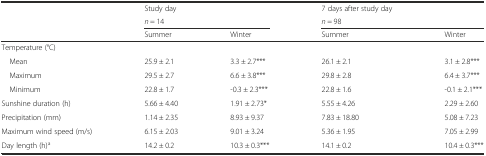
<table><thead><tr><td rowspan="3"></td><td><b>Study day</b></td><td></td><td><b>7 days after study day</b></td><td></td></tr><tr><td colspan="2"><b><i>n</i> = 14</b></td><td colspan="2"><b><i>n</i> = 98</b></td></tr><tr><td><b>Summer</b></td><td><b>Winter</b></td><td><b>Summer</b></td><td><b>Winter</b></td></tr></thead><tbody><tr><td>Temperature (°C)</td><td></td><td></td><td></td><td></td></tr><tr><td> Mean</td><td>25.9 ± 2.1</td><td>3.3 ± 2.7***</td><td>26.1 ± 2.1</td><td>3.1 ± 2.8***</td></tr><tr><td> Maximum</td><td>29.5 ± 2.7</td><td>6.6 ± 3.8***</td><td>29.8 ± 2.8</td><td>6.4 ± 3.7***</td></tr><tr><td> Minimum</td><td>22.8 ± 1.7</td><td>-0.3 ± 2.3***</td><td>22.8 ± 1.6</td><td>-0.1 ± 2.1***</td></tr><tr><td>Sunshine duration (h)</td><td>5.66 ± 4.40</td><td>1.91 ± 2.73*</td><td>5.55 ± 4.26</td><td>2.29 ± 2.60</td></tr><tr><td>Precipitation (mm)</td><td>1.14 ± 2.35</td><td>8.93 ± 9.37</td><td>7.83 ± 18.80</td><td>5.08 ± 7.23</td></tr><tr><td>Maximum wind speed (m/s)</td><td>6.15 ± 2.03</td><td>9.01 ± 3.24</td><td>5.36 ± 1.95</td><td>7.05 ± 2.99</td></tr><tr><td>Day length (h)<sup>a</sup></td><td>14.2 ± 0.2</td><td>10.3 ± 0.3***</td><td>14.1 ± 0.2</td><td>10.4 ± 0.3***</td></tr></tbody></table>